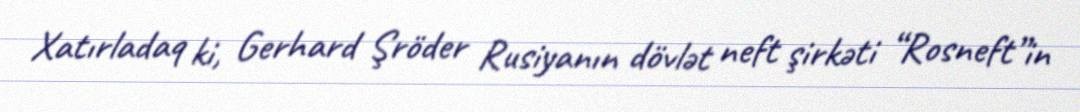
Xatırladaq ki, Gerhard Şröder Rusiyanın dövlət neft şirkəti “Rosneft”in